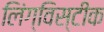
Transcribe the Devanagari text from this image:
लिंग्विस्टीक